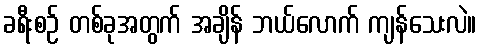
ခရီးစဉ် တစ်ခုအတွက် အချိန် ဘယ်လောက် ကျန်သေးလဲ။